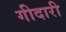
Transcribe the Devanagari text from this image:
गीदारी